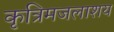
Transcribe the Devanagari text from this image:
कृत्रिमजलाशय